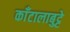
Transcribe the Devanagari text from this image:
काँटालाबुट्टे